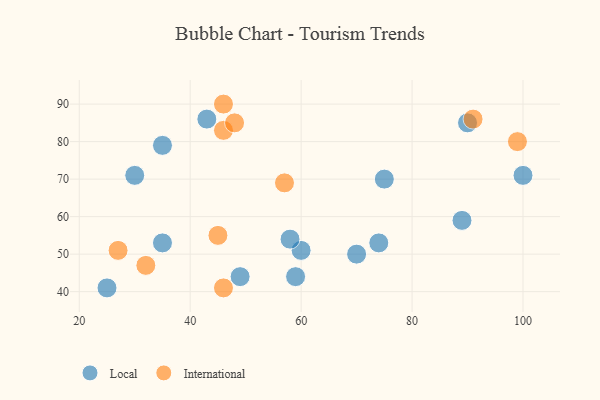
{"axis": {"x": "GDP", "y": "Life Expectancy"}, "legend": ["International", "Local"], "data": [{"x": "35", "y": 53, "type": "Local"}, {"x": "59", "y": 44, "type": "Local"}, {"x": "74", "y": 53, "type": "Local"}, {"x": "60", "y": 51, "type": "Local"}, {"x": "75", "y": 70, "type": "Local"}, {"x": "58", "y": 54, "type": "Local"}, {"x": "89", "y": 59, "type": "Local"}, {"x": "43", "y": 86, "type": "Local"}, {"x": "49", "y": 44, "type": "Local"}, {"x": "70", "y": 50, "type": "Local"}, {"x": "35", "y": 79, "type": "Local"}, {"x": "90", "y": 85, "type": "Local"}, {"x": "30", "y": 71, "type": "Local"}, {"x": "100", "y": 71, "type": "Local"}, {"x": "25", "y": 41, "type": "Local"}, {"x": "91", "y": 86, "type": "International"}, {"x": "46", "y": 83, "type": "International"}, {"x": "57", "y": 69, "type": "International"}, {"x": "99", "y": 80, "type": "International"}, {"x": "46", "y": 90, "type": "International"}, {"x": "45", "y": 55, "type": "International"}, {"x": "27", "y": 51, "type": "International"}, {"x": "32", "y": 47, "type": "International"}, {"x": "46", "y": 41, "type": "International"}, {"x": "48", "y": 85, "type": "International"}]}